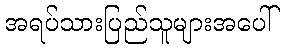
အရပ်သားပြည်သူများအပေါ်